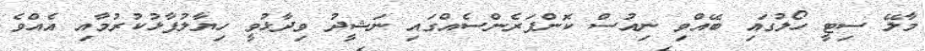
މާލޭ ސިޓީ ހޯލުގައި ބޭއްވި ނިއުސް ކޮންފަރެންސެއްގައި ނަޝީދު ވިދާޅުވީ ހިޔާލުފާޅުކުރުމާއި އެއްވެ